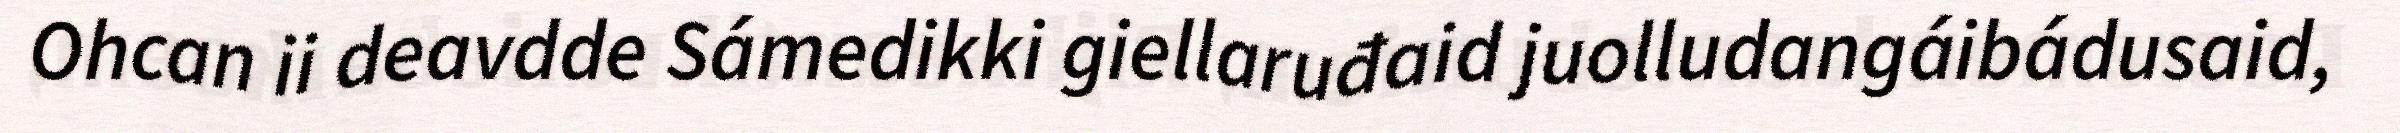
Ohcan ii deavdde Sámedikki giellaruđaid juolludangáibádusaid,